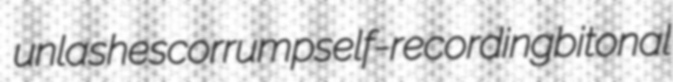
unlashes corrump self-recording bitonal